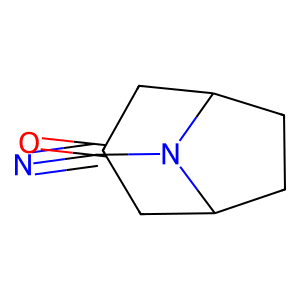
SMILES: N#CN1C2CCC1CC(=O)C2
Inhibits HIV replication: No